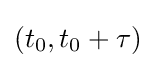
(t_{0},t_{0}+\tau )